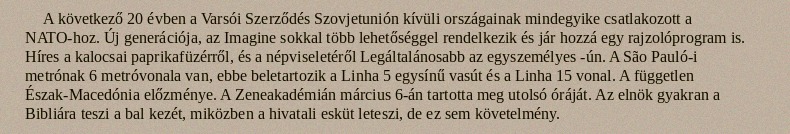
A következő 20 évben a Varsói Szerződés Szovjetunión kívüli országainak mindegyike csatlakozott a NATO-hoz. Új generációja, az Imagine sokkal több lehetőséggel rendelkezik és jár hozzá egy rajzolóprogram is. Híres a kalocsai paprikafüzérről, és a népviseletéről Legáltalánosabb az egyszemélyes -ún. A São Pauló-i metrónak 6 metróvonala van, ebbe beletartozik a Linha 5 egysínű vasút és a Linha 15 vonal. A független Észak-Macedónia előzménye. A Zeneakadémián március 6-án tartotta meg utolsó óráját. Az elnök gyakran a Bibliára teszi a bal kezét, miközben a hivatali esküt leteszi, de ez sem követelmény.